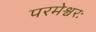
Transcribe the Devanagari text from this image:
परमेश्वरः